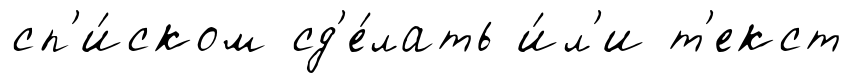
сп'и́ском сд'е́лать и́л'и т'екст